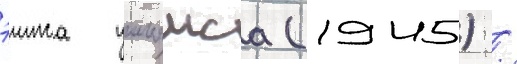
эимса уильямса (1945) /